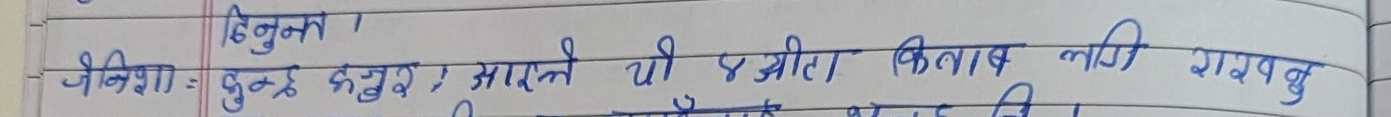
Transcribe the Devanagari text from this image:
हिंनुना
जेनिशा = पुस्तक खरिद : आरुदी ४ ओटा किताब लागि रायबगु।